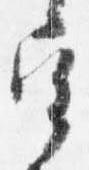
宰